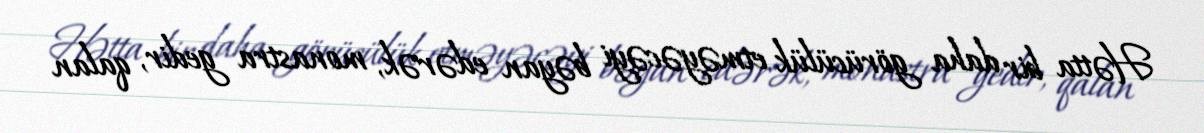
Hətta bir daha görücülük etməyəcəyi bəyan edərək, monastra gedir, qalan